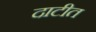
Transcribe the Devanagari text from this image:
दाटीत